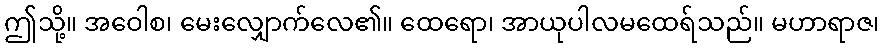
ဤသို့။ အဝေါစ၊ မေးလျှောက်လေ၏။ ထေရော၊ အာယုပါလမထေရ်သည်။ မဟာရာဇ၊